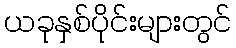
ယခုနှစ်ပိုင်းများတွင်